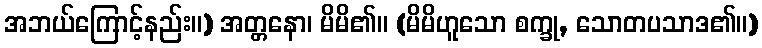
အဘယ်ကြောင့်နည်း။) အတ္တနော၊ မိမိ၏။ (မိမိဟူသော စက္ခု, သောတပသာဒ၏။)